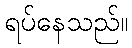
ရပ်နေသည်။